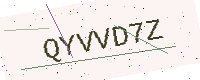
Text: QYVVD7Z